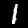
Label: 1